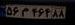
۵۶م۴۶۴۸۸